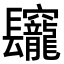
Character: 𨳅